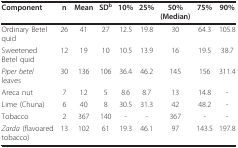
<table><thead><tr><td><b>Component</b></td><td><b>n</b></td><td><b>Mean</b></td><td><b>SD<sup>b</sup></b></td><td><b>10%</b></td><td><b>25%</b></td><td><b>50%(Median)</b></td><td><b>75%</b></td><td><b>90%</b></td></tr></thead><tbody><tr><td>Ordinary Betel quid</td><td>26</td><td>41</td><td>27</td><td>12.5</td><td>19.8</td><td>30</td><td>64.3</td><td>105.8</td></tr><tr><td>Sweetened Betel quid</td><td>12</td><td>19</td><td>10</td><td>10.5</td><td>13.9</td><td>16</td><td>19.5</td><td>38.7</td></tr><tr><td><i>Piper betel </i>leaves</td><td>30</td><td>136</td><td>106</td><td>36.4</td><td>46.2</td><td>145</td><td>156</td><td>311.4</td></tr><tr><td>Areca nut</td><td>7</td><td>12</td><td>5</td><td>8.6</td><td>8.7</td><td>13</td><td>14.8</td><td>-</td></tr><tr><td>Lime (Chuna)</td><td>6</td><td>40</td><td>8</td><td>30.5</td><td>31.3</td><td>42</td><td>48.2</td><td>-</td></tr><tr><td>Tobacco</td><td>2</td><td>367</td><td>140</td><td>-</td><td>-</td><td>367</td><td>-</td><td>-</td></tr><tr><td><i>Zarda </i>(flavoared tobacco)</td><td>13</td><td>102</td><td>61</td><td>19.3</td><td>46.1</td><td>97</td><td>143.5</td><td>197.8</td></tr></tbody></table>